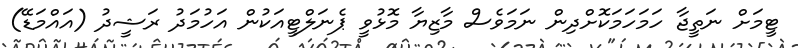
ޓީމަށް ނަތީޖާ ހަމަހަމަކޮށްދިން ނަމަވެސް މާޒިޔާ މޮޅުވީ ޕެނަލްޓީއަކުން އަހުމަދު ރަޝީދު (އައްމަޑޭ)